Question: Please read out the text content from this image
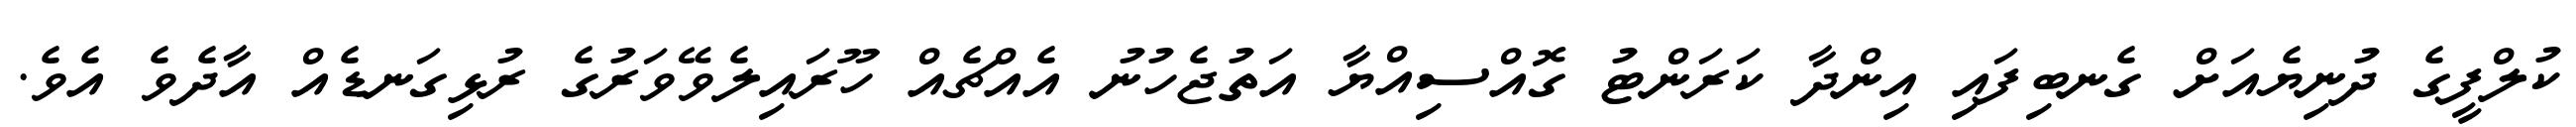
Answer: ކުލްފީގެ ދުނިޔެއަށް ގެނބިފައި އިންދާ ކަރަންޓު ގޮއްސިއްޔާ އަތުޖެހުނު އެއްޗެއް ހޫރައިލެވޭވަރުގެ ރުޅިގަނޑެއް އާދެވެ އެވެ.